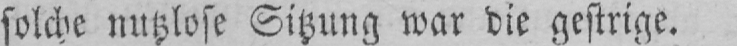
solche nutzlose Sitzung war die gestrige.